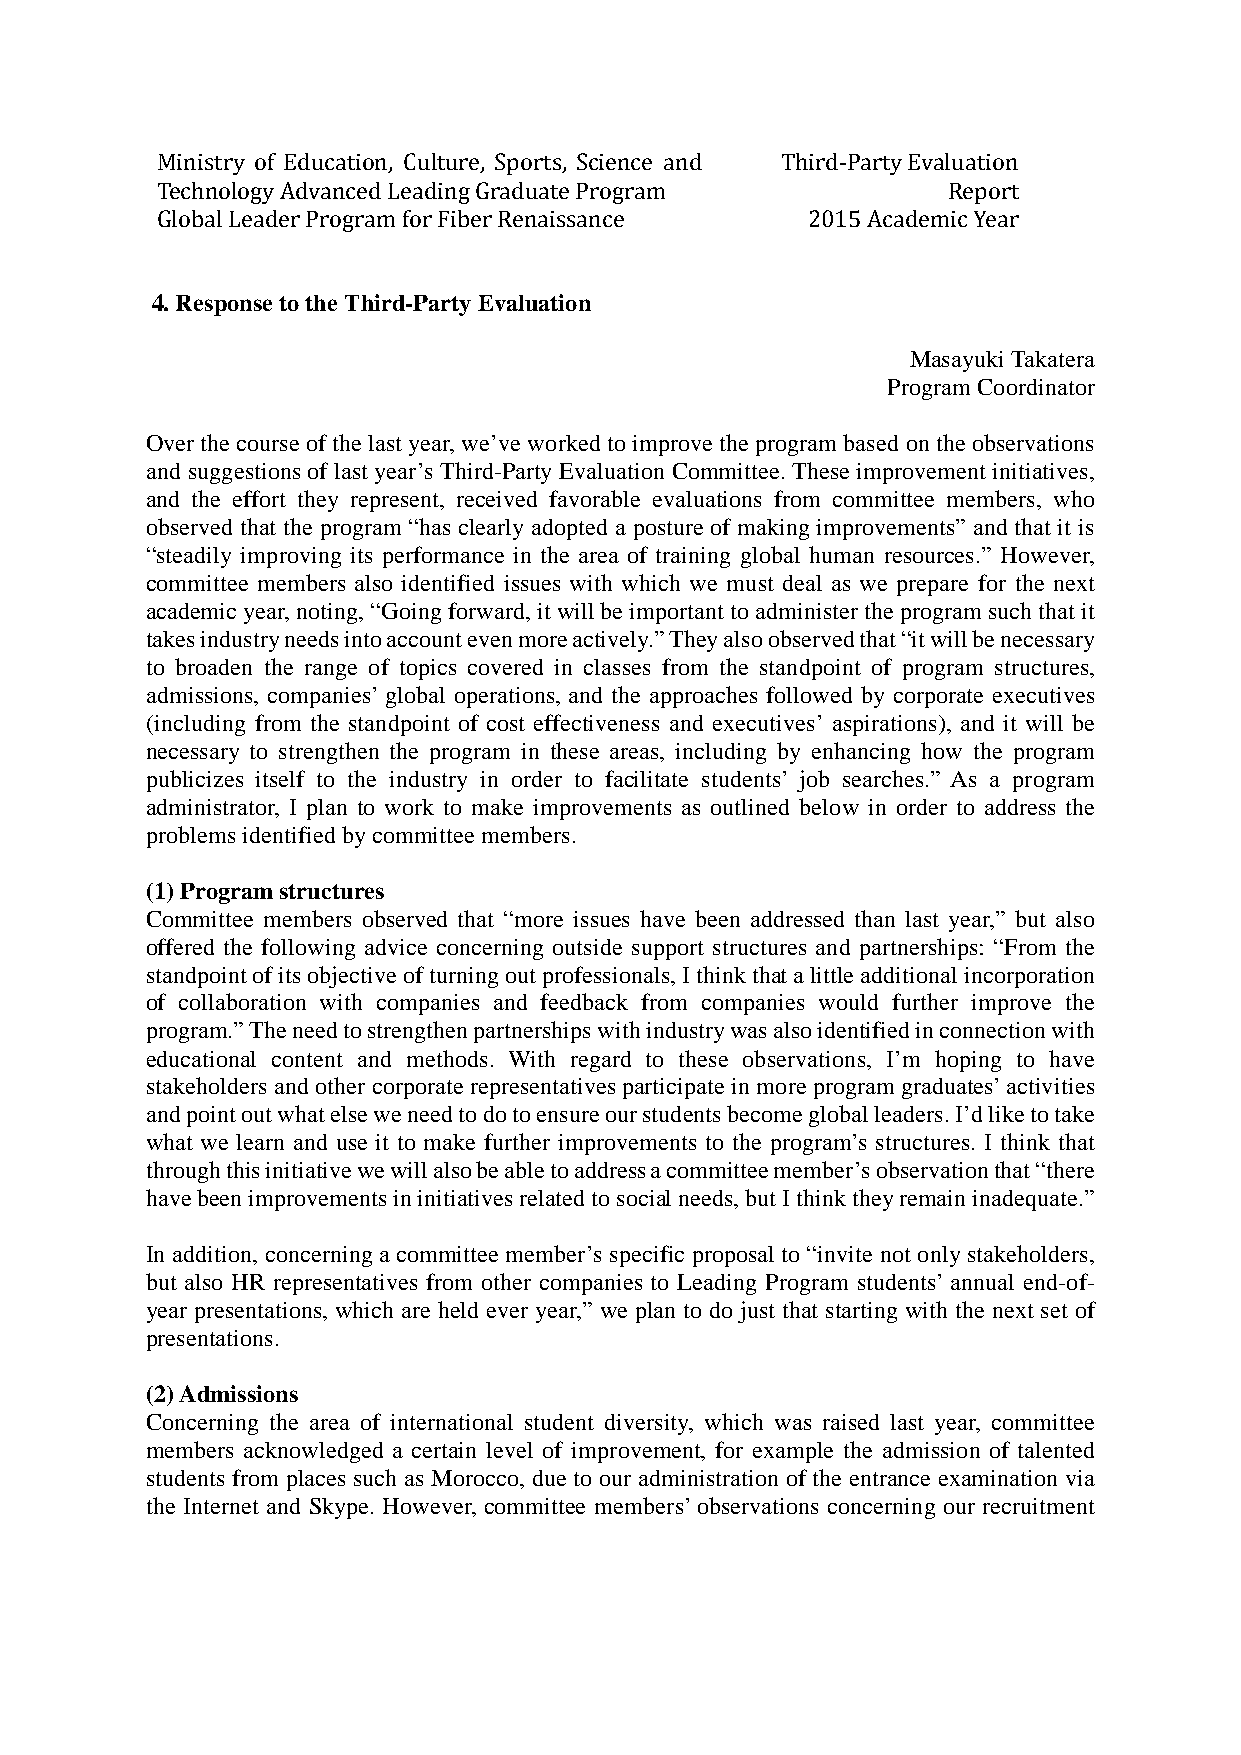
Ministry of Education, Culture, Sports, Science and Third-Party Evaluation
 Technology Advanced Leading Graduate Program         Report
 Global Leader Program for Fiber Renaissance 2015 Academic Year
 4. Response to the Third-Party Evaluation
 Masayuki Takatera
 Program Coordinator
 Over the course of the last year, we’ve worked to improve the program based on the observations
 and suggestions of last year’s Third-Party Evaluation Committee. These improvement initiatives,
 and the effort they represent, received favorable evaluations from committee members, who
 observed that the program “has clearly adopted a posture of making improvements” and that it is
 “steadily improving its performance in the area of training global human resources.” However,
 committee members also identified issues with which we must deal as we prepare for the next
 academic year, noting, “Going forward, it will be important to administer the program such that it
 takes industry needs into account even more actively.” They also observed that “it will be necessary
 to broaden the range of topics covered in classes from the standpoint of program structures,
 admissions, companies’ global operations, and the approaches followed by corporate executives
 (including from the standpoint of cost effectiveness and executives’ aspirations), and it will be
 necessary to strengthen the program in these areas, including by enhancing how the program
 publicizes itself to the industry in order to facilitate students’ job searches.” As a program
 administrator, I plan to work to make improvements as outlined below in order to address the
 problems identified by committee members.
 (1) Program structures
 Committee members observed that “more issues have been addressed than last year,” but also
 offered the following advice concerning outside support structures and partnerships: “From the
 standpoint of its objective of turning out professionals, I think that a little additional incorporation
 of collaboration with companies and feedback from companies would further improve the
 program.” The need to strengthen partnerships with industry was also identified in connection with
 educational content and methods. With regard to these observations, I’m hoping to have
 stakeholders and other corporate representatives participate in more program graduates’ activities
 and point out what else we need to do to ensure our students become global leaders. I’d like to take
 what we learn and use it to make further improvements to the program’s structures. I think that
 through this initiative we will also be able to address a committee member’s observation that “there
 have been improvements in initiatives related to social needs, but I think they remain inadequate.”
 In addition, concerning a committee member’s specific proposal to “invite not only stakeholders,
 but also HR representatives from other companies to Leading Program students’ annual end-of-
 year presentations, which are held ever year,” we plan to do just that starting with the next set of
 presentations.
 (2) Admissions
 Concerning the area of international student diversity, which was raised last year, committee
 members acknowledged a certain level of improvement, for example the admission of talented
 students from places such as Morocco, due to our administration of the entrance examination via
 the Internet and Skype. However, committee members’ observations concerning our recruitment